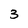
Character: 3